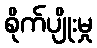
စိုက်ပျိုးမှု